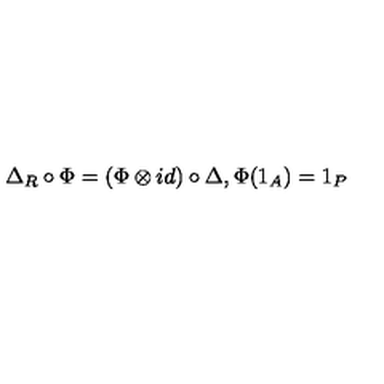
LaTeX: \Delta _ { R } \circ \Phi = ( \Phi \otimes i d ) \circ \Delta , \Phi ( 1 _ { A } ) = 1 _ { P }